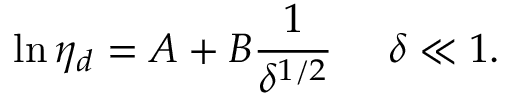
\ln \eta _ { d } = A + B \frac { 1 } { \delta ^ { 1 / 2 } } ~ ~ ~ ~ \delta \ll 1 .